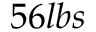
5 6 l b s